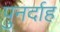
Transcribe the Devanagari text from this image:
पुनर्दाह